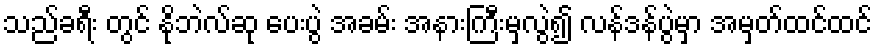
သည်ခရီး တွင် နိုဘဲလ်ဆု ပေးပွဲ အခမ်း အနားကြီးမှလွဲ၍ လန်ဒန်ပွဲမှာ အမှတ်ထင်ထင်